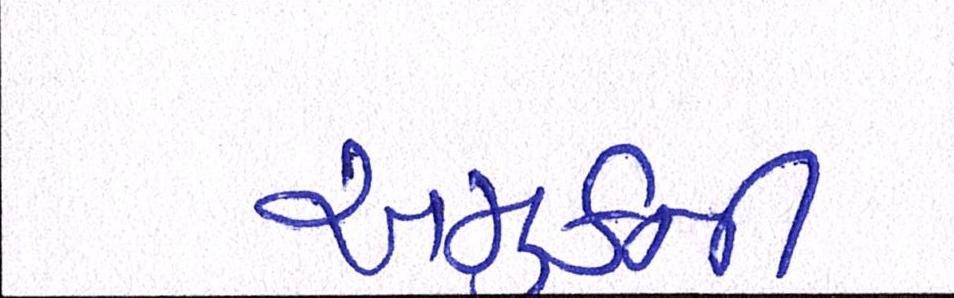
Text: અમુકની